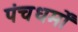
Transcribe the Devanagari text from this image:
पंचधर्मों